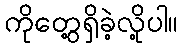
ကိုတွေ့ရှိခဲ့လို့ပါ။